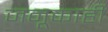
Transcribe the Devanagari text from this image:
जनूकाही